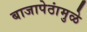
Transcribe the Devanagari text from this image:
बाजापेठांमुळे